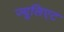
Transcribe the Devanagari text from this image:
ज्यूलिएट